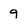
Character: 9